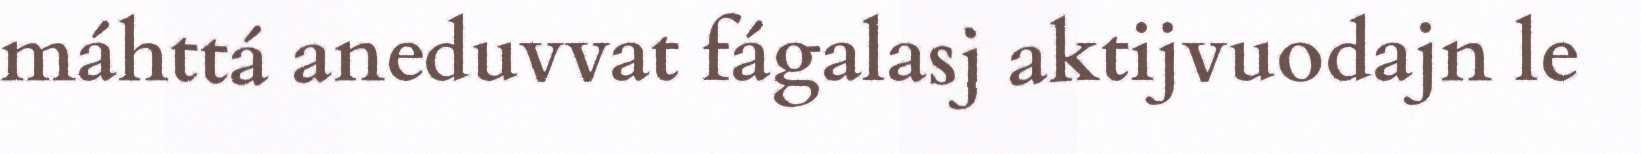
máhttá aneduvvat fágalasj aktijvuodajn le